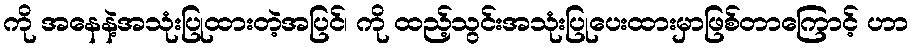
ကို အနေနဲ့အသုံးပြုထားတဲ့အပြင်၊ ကို ထည့်သွင်းအသုံးပြုပေးထားမှာဖြစ်တာကြောင့် ဟာ